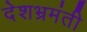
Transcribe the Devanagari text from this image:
देशभ्रमंती